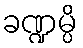
ခဏ္ဍမ္ပိ